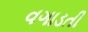
વગાડતી